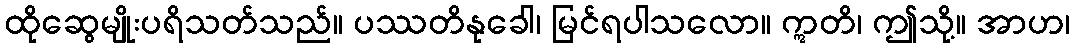
ထိုဆွေမျိုးပရိသတ်သည်။ ပဿတိနုခေါ၊ မြင်ရပါသလော။ ဣတိ၊ ဤသို့။ အာဟ၊